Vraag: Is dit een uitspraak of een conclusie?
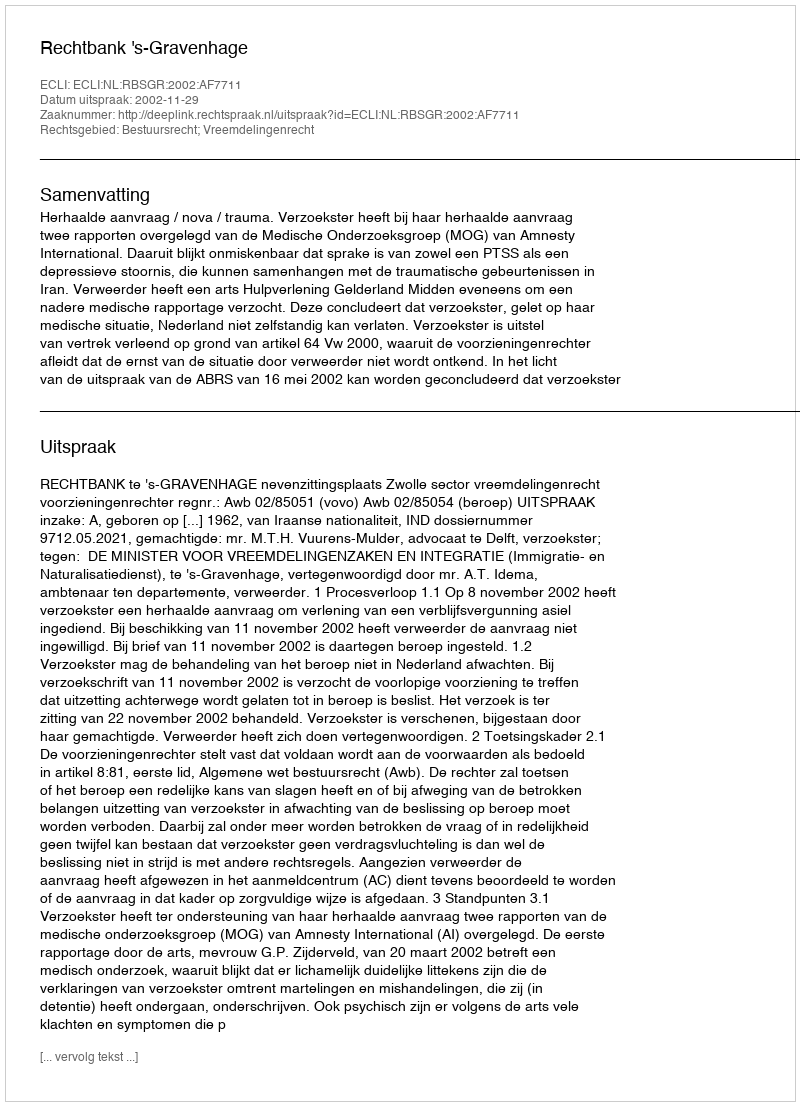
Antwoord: Uitspraak